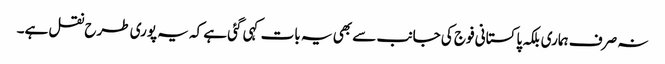
نہ صرف ہماری بلکہ پاکستانی فوج کی جانب سے بھی یہ بات کہی گئی ہے کہ یہ پوری طرح نقل ہے۔